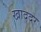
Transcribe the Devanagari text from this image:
खाददर